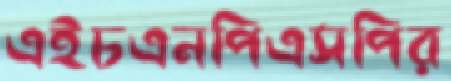
এইচএনপিএসপির